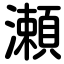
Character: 瀬